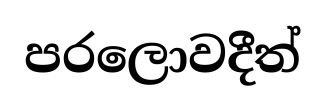
පරලොවදීත්